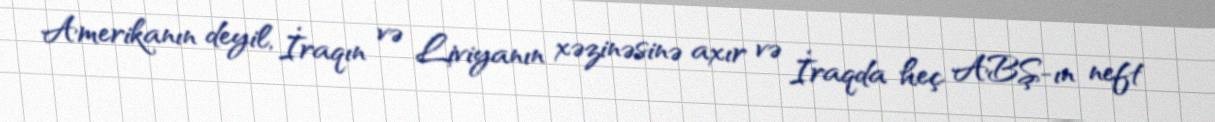
Amerikanın deyil, İraqın və Liviyanın xəzinəsinə axır və İraqda heç ABŞ-ın neft